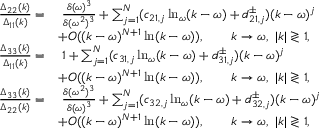
\begin{array} { r l } { \frac { \Delta _ { 2 2 } ( k ) } { \Delta _ { 1 1 } ( k ) } = } & { \; \frac { \delta ( \omega ) ^ { 3 } } { \delta ( \omega ^ { 2 } ) ^ { 3 } } + \sum _ { j = 1 } ^ { N } ( c _ { 2 1 , j } \ln _ { \omega } ( k - \omega ) + d _ { 2 1 , j } ^ { \pm } ) ( k - \omega ) ^ { j } } \\ & { + O ( ( k - \omega ) ^ { N + 1 } \ln ( k - \omega ) ) , \qquad k \to \omega , \ | k | \gtrless 1 , } \\ { \frac { \Delta _ { 3 3 } ( k ) } { \Delta _ { 1 1 } ( k ) } = } & { \; 1 + \sum _ { j = 1 } ^ { N } ( c _ { 3 1 , j } \ln _ { \omega } ( k - \omega ) + d _ { 3 1 , j } ^ { \pm } ) ( k - \omega ) ^ { j } } \\ & { + O ( ( k - \omega ) ^ { N + 1 } \ln ( k - \omega ) ) , \qquad k \to \omega , \ | k | \gtrless 1 , } \\ { \frac { \Delta _ { 3 3 } ( k ) } { \Delta _ { 2 2 } ( k ) } = } & { \; \frac { \delta ( \omega ^ { 2 } ) ^ { 3 } } { \delta ( \omega ) ^ { 3 } } + \sum _ { j = 1 } ^ { N } ( c _ { 3 2 , j } \ln _ { \omega } ( k - \omega ) + d _ { 3 2 , j } ^ { \pm } ) ( k - \omega ) ^ { j } } \\ & { + O ( ( k - \omega ) ^ { N + 1 } \ln ( k - \omega ) ) , \qquad k \to \omega , \ | k | \gtrless 1 , } \end{array}